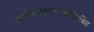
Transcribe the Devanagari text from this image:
श्रीरंगावधूटस्वामीविरचित